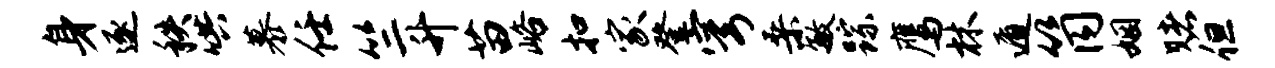
身逐秩哄慕任竺升苗峪扣家登穹桑敏踪鹰林遁筒姻赌但